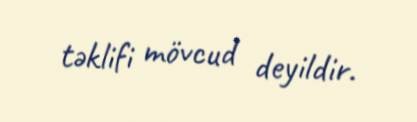
təklifi mövcud deyildir.